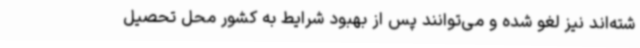
شته‌اند نیز لغو شده و می‌توانند پس از بهبود شرایط به کشور محل تحصیل